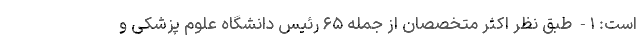
است: ۱- طبق نظر اکثر متخصصان از جمله ۶۵ رئیس دانشگاه علوم پزشکی و